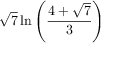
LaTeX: { \sqrt { 7 } } \ln \left( { \frac { 4 + { \sqrt { 7 } } } { 3 } } \right)